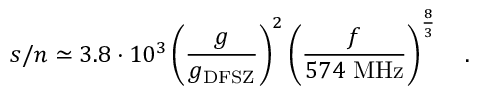
s / n \simeq 3 . 8 \cdot 1 0 ^ { 3 } \left( { \frac { g } { g _ { \mathrm { D F S Z } } } } \right) ^ { 2 } \left( { \frac { f } { 5 7 4 ~ \mathrm { M H z } } } \right) ^ { \frac { 8 } { 3 } } ~ ~ \ .